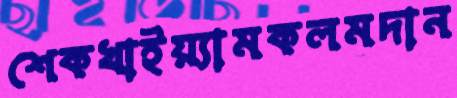
শেকখাইয়্যামকলমদান